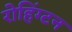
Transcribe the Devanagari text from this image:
रोहिंग्टन